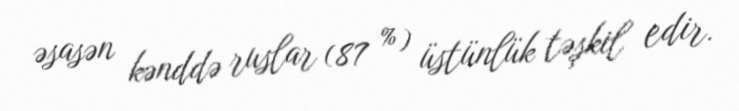
əsasən kənddə ruslar (87 %) üstünlük təşkil edir.